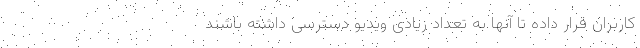
کاربران قرار داده تا آنها به تعداد زیادی ویدیو دسترسی داشته باشند